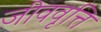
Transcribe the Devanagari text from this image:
जीववृत्ति